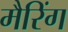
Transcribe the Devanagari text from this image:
मैरिंग